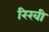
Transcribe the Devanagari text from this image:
रिखी